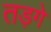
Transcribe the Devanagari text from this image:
तड़गे